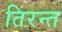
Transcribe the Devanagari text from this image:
तिरन्त